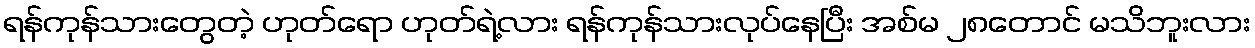
ရန်ကုန်သားတွေတဲ့ ဟုတ်ရော ဟုတ်ရဲ့လား ရန်ကုန်သားလုပ်နေပြီး အစ်မ ၂၈တောင် မသိဘူးလား